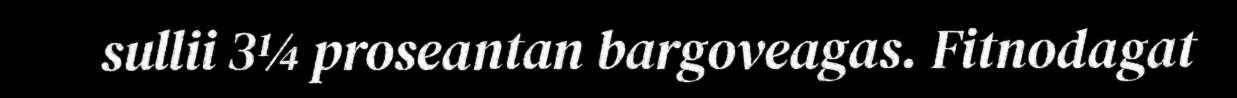
sullii 3¼ proseantan bargoveagas. Fitnodagat